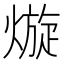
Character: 𱬊